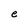
Character: e